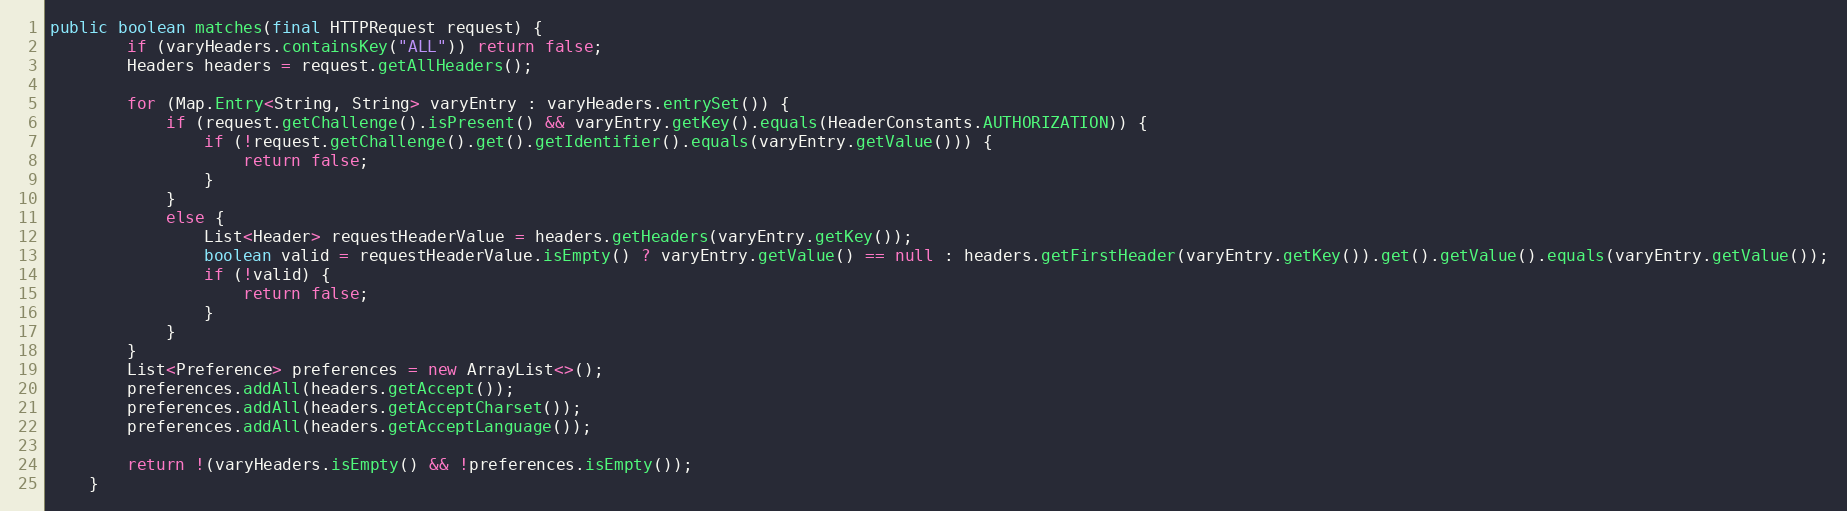
Language: Java
public boolean matches(final HTTPRequest request) {
        if (varyHeaders.containsKey("ALL")) return false;
        Headers headers = request.getAllHeaders();

        for (Map.Entry<String, String> varyEntry : varyHeaders.entrySet()) {
            if (request.getChallenge().isPresent() && varyEntry.getKey().equals(HeaderConstants.AUTHORIZATION)) {
                if (!request.getChallenge().get().getIdentifier().equals(varyEntry.getValue())) {
                    return false;
                }
            }
            else {
                List<Header> requestHeaderValue = headers.getHeaders(varyEntry.getKey());
                boolean valid = requestHeaderValue.isEmpty() ? varyEntry.getValue() == null : headers.getFirstHeader(varyEntry.getKey()).get().getValue().equals(varyEntry.getValue());
                if (!valid) {
                    return false;
                }
            }
        }
        List<Preference> preferences = new ArrayList<>();
        preferences.addAll(headers.getAccept());
        preferences.addAll(headers.getAcceptCharset());
        preferences.addAll(headers.getAcceptLanguage());

        return !(varyHeaders.isEmpty() && !preferences.isEmpty());
    }